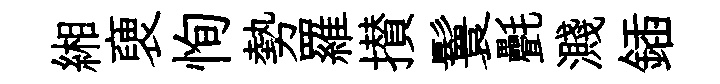
緗褏恂勢羅攅鬟㲲濺鍤